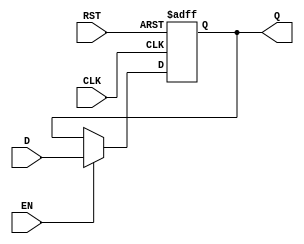
module DataRegister (
    input wire D,          // Data input
    input wire CLK,        // Clock signal
    input wire EN,         // Enable signal
    input wire RST,        // Reset signal
    output reg Q           // Data output
);

// Asynchronous reset and synchronous data capture
always @(posedge CLK or posedge RST) begin
    if (RST) begin
        Q <= 1'b0;        // Clear the register on reset
    end else if (EN) begin
        Q <= D;           // Capture data input on clock edge if enabled
    end
    // If EN is low, Q retains its previous value
end

endmodule